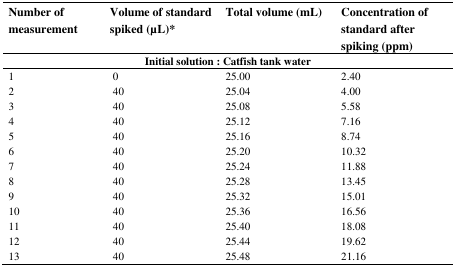
| Number of measurement | Volume of standard spiked (μL)* | Total volume (mL) | Concentration of standard after spiking (ppm) |
 | <COLSPAN=4> Initial solution : Catfish tank water |
 | --- | --- | --- | --- |
 | 1 | 0 | 25.00 | 2.40 |
 | 2 | 40 | 25.04 | 4.00 |
 | 3 | 40 | 25.08 | 5.58 |
 | 4 | 40 | 25.12 | 7.16 |
 | 5 | 40 | 25.16 | 8.74 |
 | 6 | 40 | 25.20 | 10.32 |
 | 7 | 40 | 25.24 | 11.88 |
 | 8 | 40 | 25.28 | 13.45 |
 | 9 | 40 | 25.32 | 15.01 |
 | 10 | 40 | 25.36 | 16.56 |
 | 11 | 40 | 25.40 | 18.08 |
 | 12 | 40 | 25.44 | 19.62 |
 | 13 | 40 | 25.48 | 21.16 |